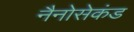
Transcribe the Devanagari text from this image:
नैनोसेकंड